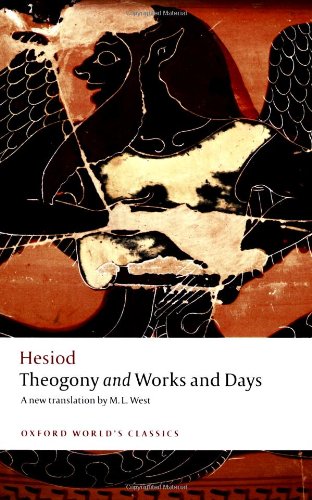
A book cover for Theogony and Works and Days (Oxford World's Classics); Hesiod; Literature & Fiction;